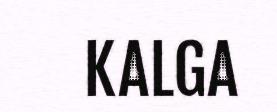
KALGA